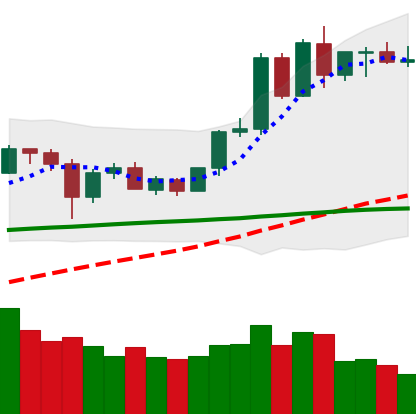
Ticker: ETH-USD
Chart end date: 2020-06-06
Forward return: -4.228%
Label: down_3_5